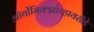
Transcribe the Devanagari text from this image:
ऑर्थोमिक्झोव्हायरीडे